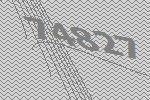
74827